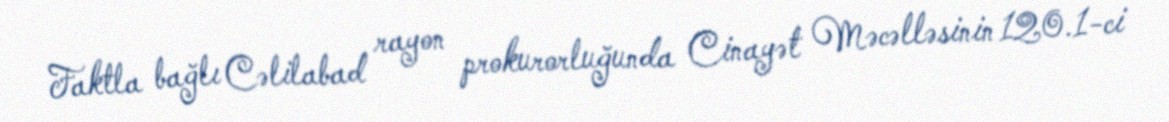
Faktla bağlı Cəlilabad rayon prokurorluğunda Cinayət Məcəlləsinin 120.1-ci